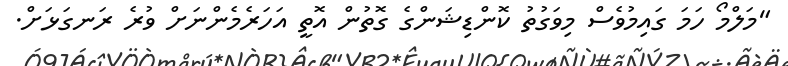
"މަލްމޯ ހަމަ ގައިމުވެސް މިވަގުތު ކޮންޑިޝަންގެ ގޮތުން އޮތީ އަހަރެމެންނަށް ވުރެ ރަނގަޅަށް.